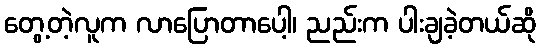
တွေ့တဲ့လူက လာပြောတာပေါ့၊ ညည်းက ပါးချခဲ့တယ်ဆို